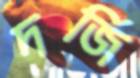
দর্জি